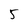
Character: 5